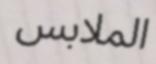
الملابس